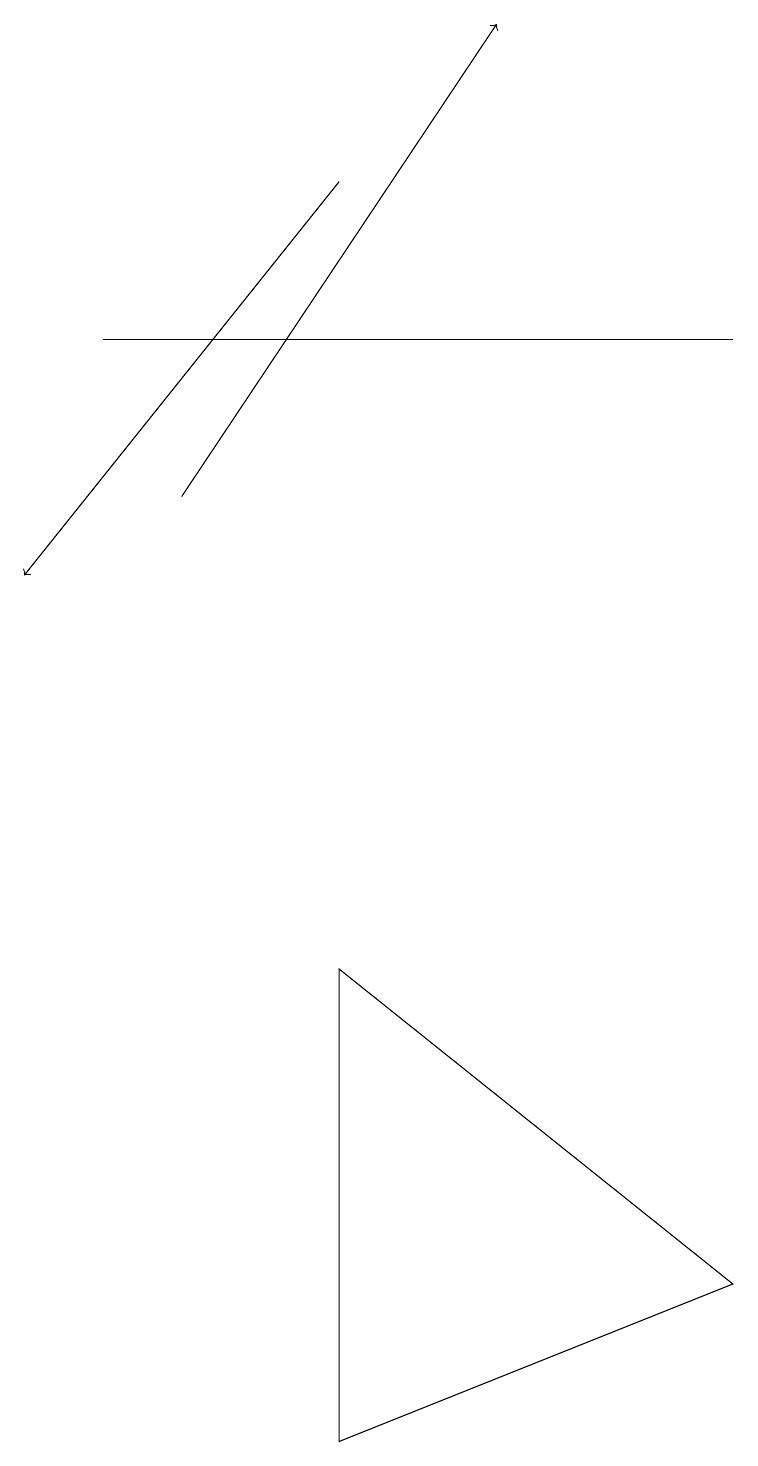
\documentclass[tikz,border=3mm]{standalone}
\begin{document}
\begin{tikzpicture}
\draw[->] (4,17) -- (0,12);
\draw (4,1) -- (4,7) -- (9,3) -- cycle;
\draw[->] (2,13) -- (6,19);
\draw (9,15) rectangle (1,15);
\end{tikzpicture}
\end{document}